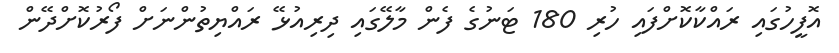
އޮފީހުގައި ރައްކާކޮށްފައި ހުރި 180 ޓަނުގެ ފެން މާލޭގައި ދިރިއުޅޭ ރައްޔިތުންނަށް ފޯރުކޮށްދޭން